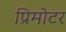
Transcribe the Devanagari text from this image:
प्रिमोटर